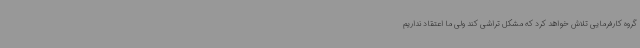
گروه کارفرمایی تلاش خواهد کرد که مشکل تراشی کند ولی ما اعتقاد نداریم